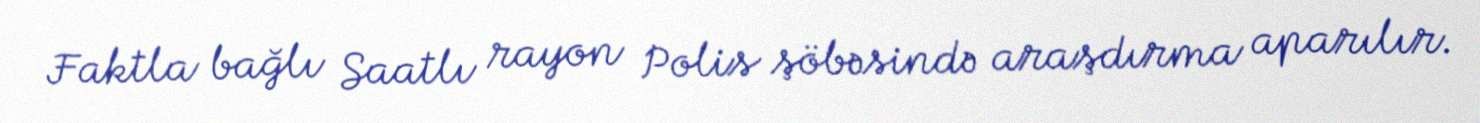
Faktla bağlı Saatlı rayon Polis şöbəsində araşdırma aparılır.